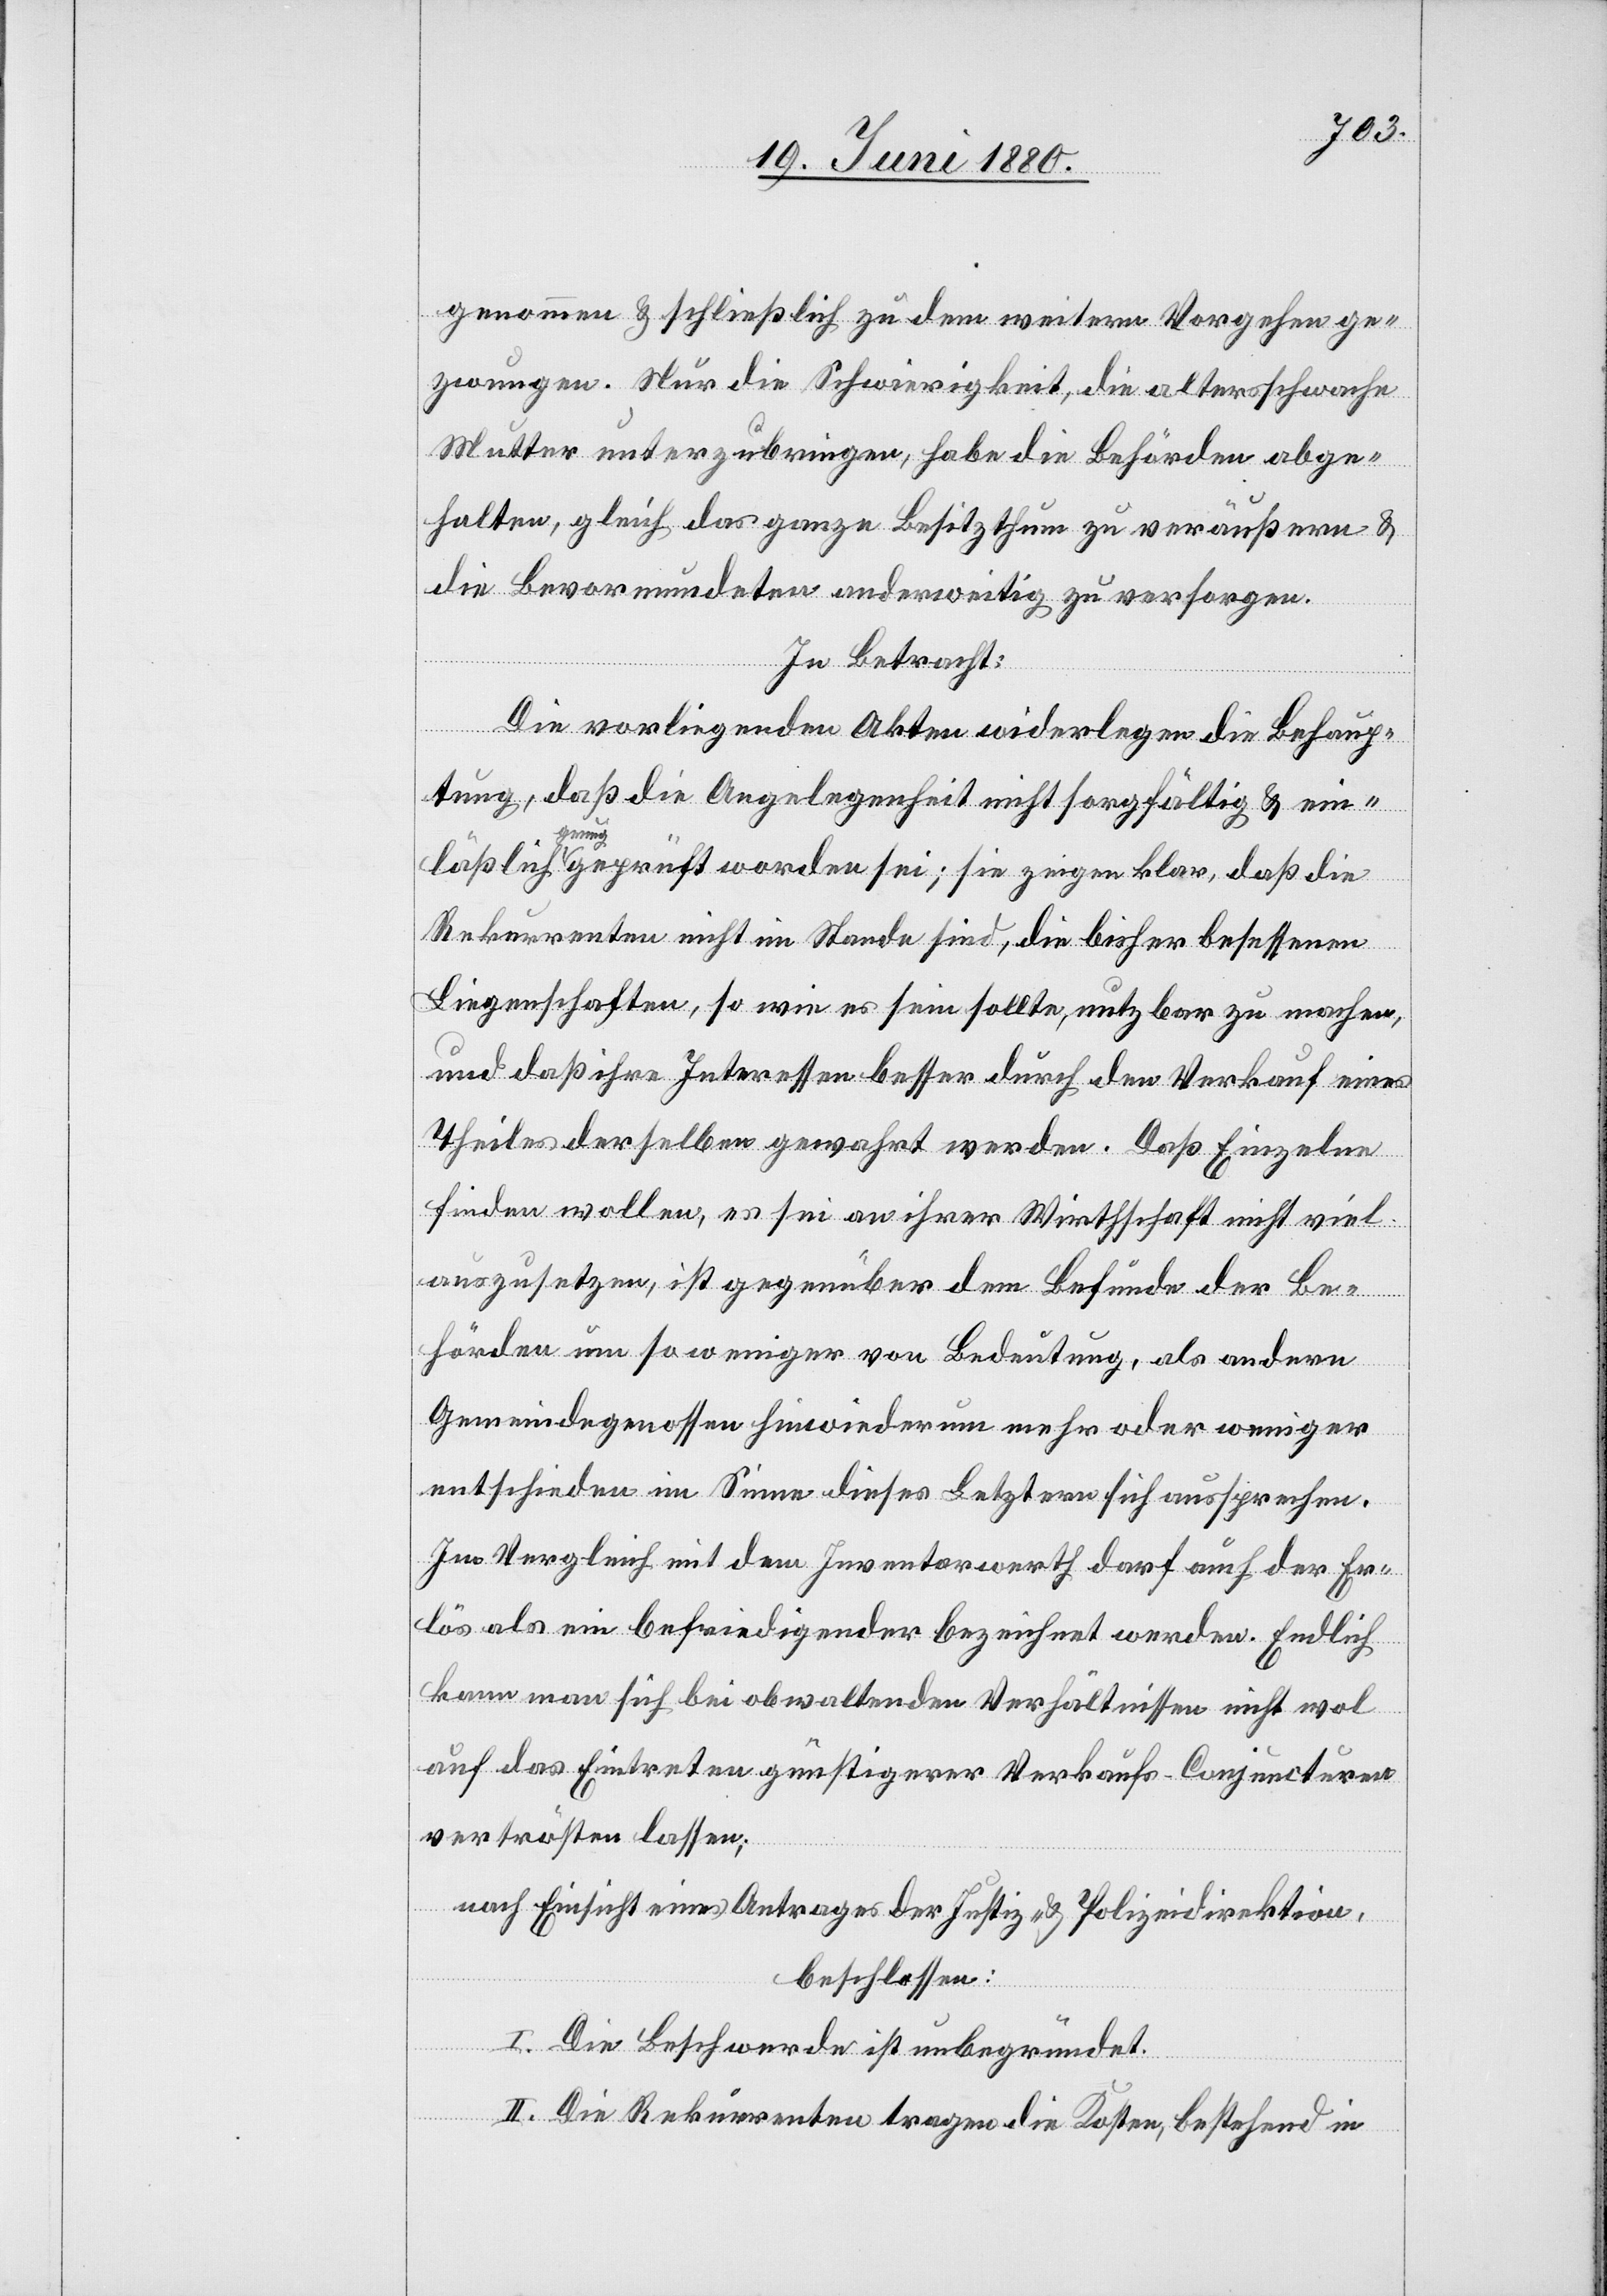
genommen & schließlich zu dem weitern Vorgehen ge¬
zwungen. Nur die Schwierigkeit, die altersschwache
Mutter unterzubringen, habe die Behörden abge¬
halten, gleich das ganze Besitzthum zu veräußern &
die Bevormundeten anderweitig zu versorgen.
In Betracht:
Die vorliegenden Akten widerlegen die Behaup¬
tung, daß die Angelegenheit nicht sorgfältig & ein¬
läßlich genug geprüft worden sei; sie zeigen klar, daß die
Rekurrenten nicht im Stande sind, die bisher besessenen
Liegenschaften, so wie es sein sollte, nutzbar zu machen,
und daß ihre Interessen besser durch den Verkauf eines
Theiles derselben gewahrt werden. Daß Einzelne
finden wollen, es sei an ihrer Wirthschaft nicht viel
auszusetzen, ist gegenüber dem Befunde der Be¬
hörden um so weniger von Bedeutung, als andere
Gemeindegenossen hinwiederum mehr oder weniger
entschieden im Sinne dieses Letztern sich aussprechen.
Im Vergleich mit dem Inventarwerth darf auch der Er¬
lös als ein befriedigender bezeichnet werden. Endlich
kann man sich bei obwaltenden Verhältnissen nicht wol
auf das Eintreten günstigerer Verkaufs-Conjuncturen
vertrösten lassen;
nach Einsicht eines Antrages der Justiz- & Polizeidirektion,
beschlossen:
I. Die Beschwerde ist unbegründet.
II. Die Rekurrenten tragen die Kosten, bestehend in